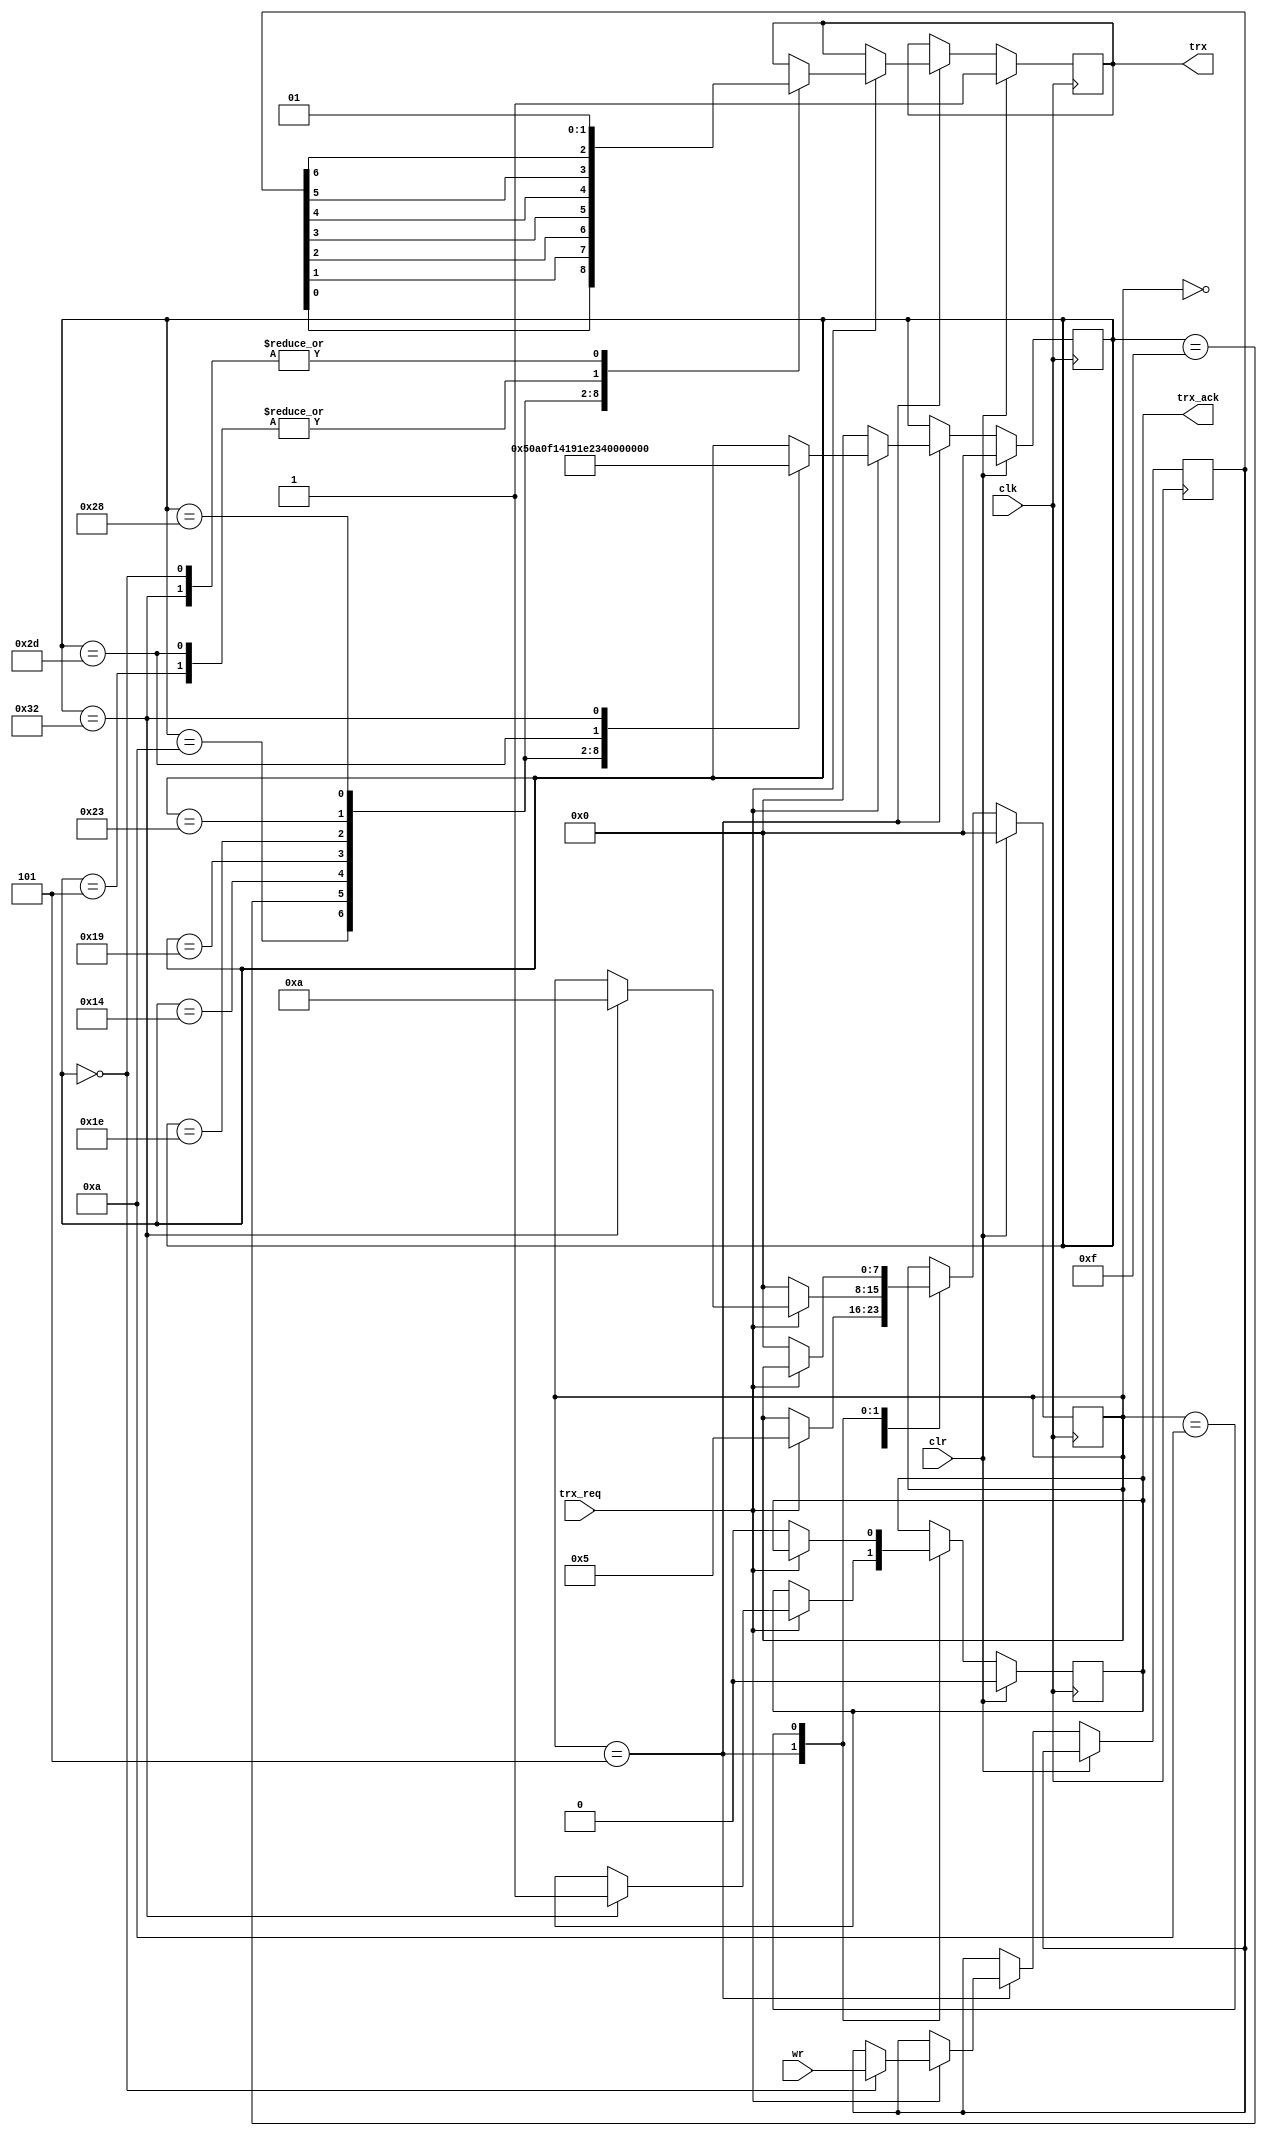
module uart_ctrl(wr, trx_req, trx_ack, trx,
                 clr, clk);
  // Entrades
  input [6:0] wr;
  input trx_req;
  input clr, clk;

  // Sortides
  output reg trx_ack, trx;

  // Registres
  reg [7:0] et, etrx;
  reg [6:0] data_wr;

  // Algorisme de transmissi
  always @(negedge clk)
    if (clr)
      begin
        et <= 8'd00;
        etrx <= 8'd00;
        trx <= 1'b1;
        trx_ack <= 1'b0;
      end
    else
      case (et)
        8'd00: if (trx_req) et <= 8'd05;
        8'd05: 
          if (~trx_req)
            begin et <= 8'd00; etrx <= 8'd00; end
          else
          case (etrx)
            8'd00: begin data_wr <= wr; trx <= 1'b1; etrx <= 8'd05; end
            8'd05: begin trx <= 1'b0; etrx <= 8'd10; end // Start bit
            8'd10: begin trx <= data_wr[0]; etrx <= 8'd15; end
            8'd15: begin trx <= data_wr[1]; etrx <= 8'd20; end
            8'd20: begin trx <= data_wr[2]; etrx <= 8'd25; end
            8'd25: begin trx <= data_wr[3]; etrx <= 8'd30; end
            8'd30: begin trx <= data_wr[4]; etrx <= 8'd35; end
            8'd35: begin trx <= data_wr[5]; etrx <= 8'd40; end
            8'd40: begin trx <= data_wr[6]; etrx <= 8'd45; end
            8'd45: begin trx <= 1'b0; etrx <= 8'd50; end
            8'd50: begin trx_ack <= 1'b1; trx <= 1'b1; etrx <= 8'd00; et <= 8'd10; end
          endcase
        8'd10: if (~trx_req) begin trx_ack <= 1'b0; et <= 8'd00; end
      endcase

endmodule